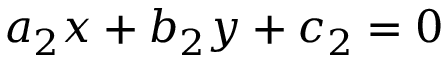
a _ { 2 } x + b _ { 2 } y + c _ { 2 } = 0